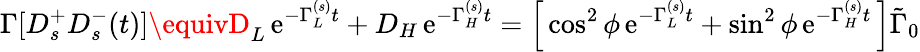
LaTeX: \Gamma[D_{s}^{+}D_{s}^{-}(t)]\equivD_{L}\, \mathrm{e}^{-\Gamma_{L}^{(s)}t}+D_{H}\, \mathrm{e}^{-\Gamma_{H}^{(s)}t}=\left[\, \cos^{2}\phi\, \mathrm{e}^{-\Gamma_{L}^{(s)}t}+\sin^{2}\phi\, \mathrm{e}^{-\Gamma_{H}^{(s)}t}\, \right]\tilde{{\Gamma}}_{0}